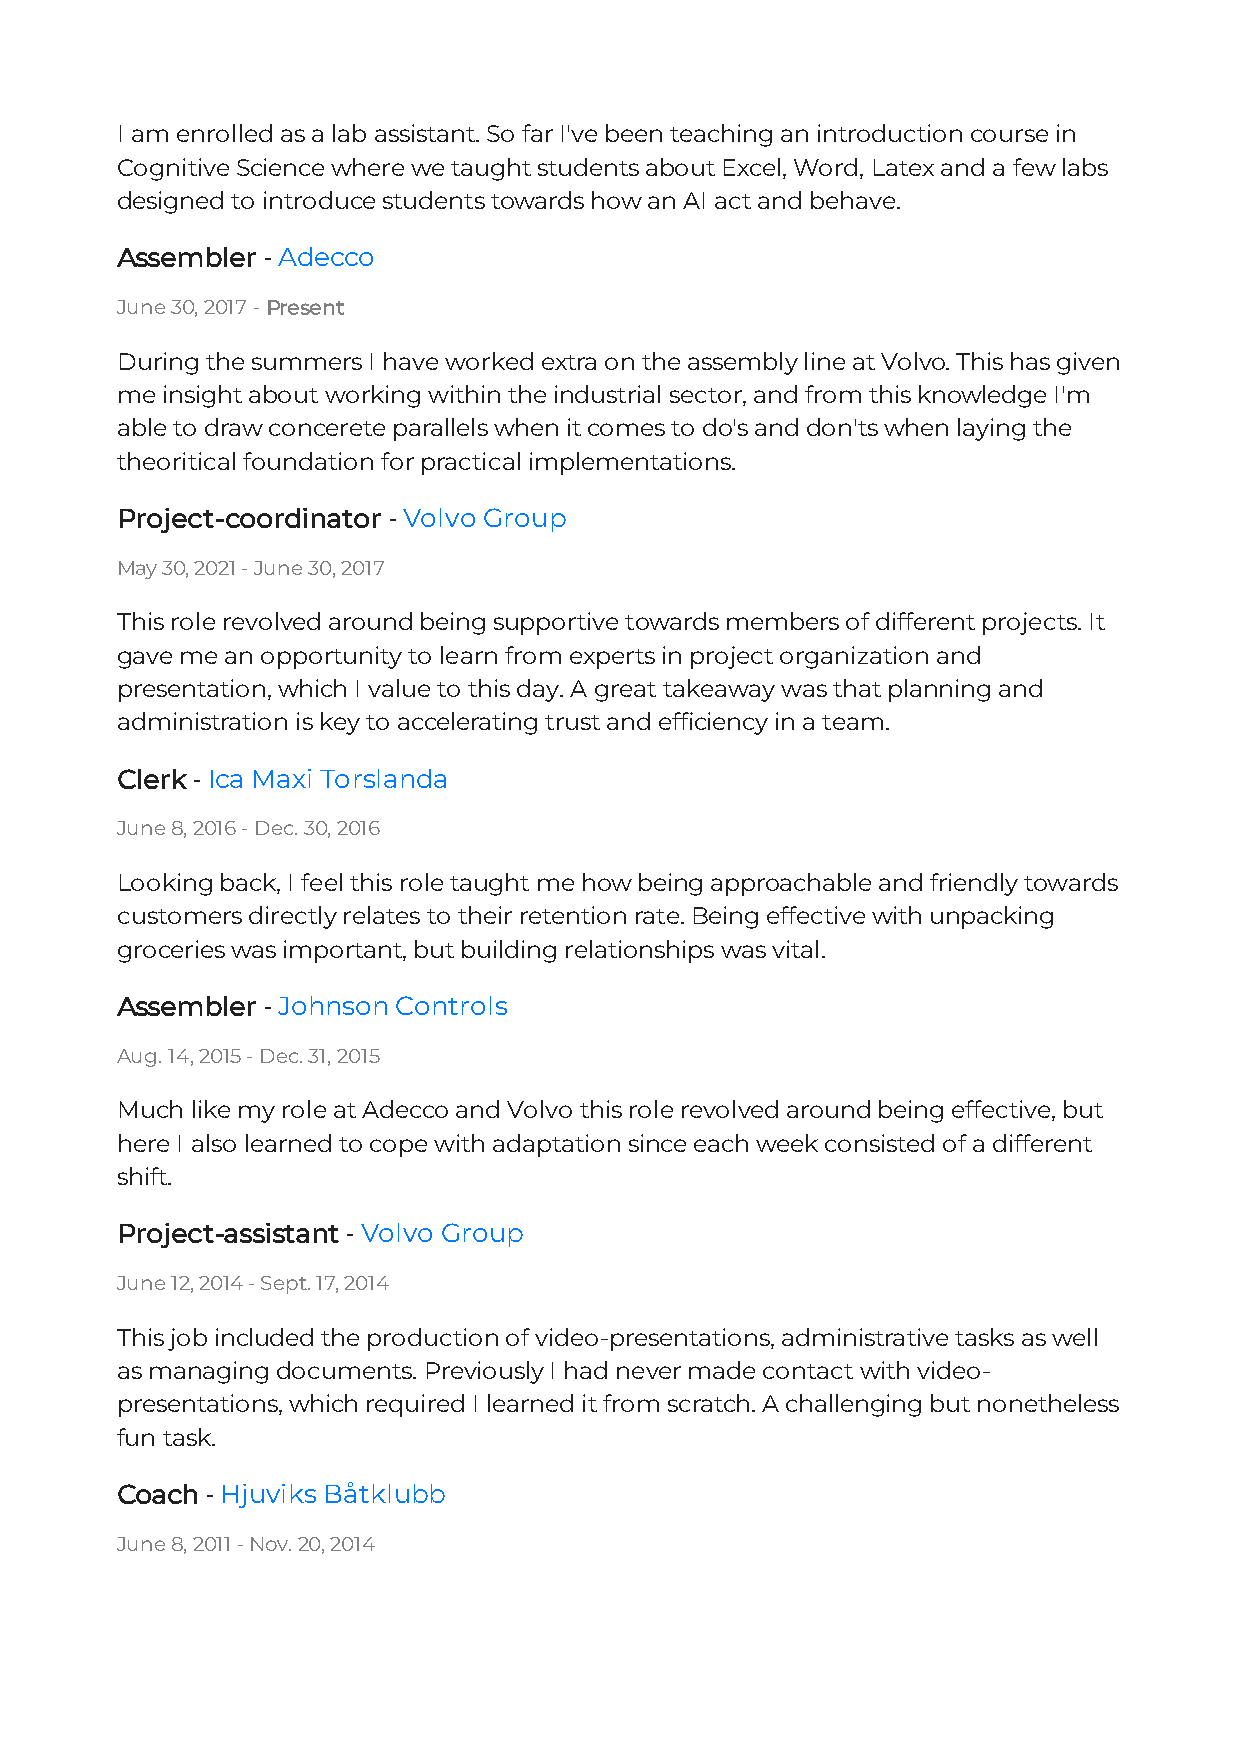
I am enrolled as a lab assistant. So far I've been teaching an introduction course in
 Cognitive Science where we taught students about Excel, Word, Latex and a few labs
 designed to introduce students towards how an AI act and behave.
 Assembler - Adecco
 June 30, 2017 - Present
 During the summers I have worked extra on the assembly line at Volvo. This has given
 me insight about working within the industrial sector, and from this knowledge I'm
 able to draw concerete parallels when it comes to do's and don'ts when laying the
 theoritical foundation for practical implementations.
 Project-coordinator - Volvo Group
 May 30, 2021 - June 30, 2017
 This role revolved around being supportive towards members of different projects. It
 gave me an opportunity to learn from experts in project organization and
 presentation, which I value to this day. A great takeaway was that planning and
 administration is key to accelerating trust and efficiency in a team.
 Clerk - Ica Maxi Torslanda
 June 8, 2016 - Dec. 30, 2016
 Looking back, I feel this role taught me how being approachable and friendly towards
 customers directly relates to their retention rate. Being effective with unpacking
 groceries was important, but building relationships was vital.
 Assembler - Johnson Controls
 Aug. 14, 2015 - Dec. 31, 2015
 Much like my role at Adecco and Volvo this role revolved around being effective, but
 here I also learned to cope with adaptation since each week consisted of a different
 shift.
 Project-assistant - Volvo Group
 June 12, 2014 - Sept. 17, 2014
 This job included the production of video-presentations, administrative tasks as well
 as managing documents. Previously I had never made contact with video-
 presentations, which required I learned it from scratch. A challenging but nonetheless
 fun task.
 Coach - Hjuviks Båtklubb
 June 8, 2011 - Nov. 20, 2014